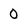
Character: 0